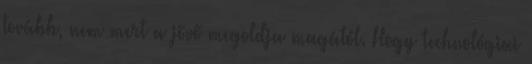
tovább, nem mert a jövő megoldja magától. Hogy technológiai